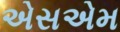
એસએમ